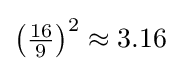
{\textstyle {\bigl (}{\frac {16}{9}}{\bigr )}^{2}\approx 3.16}